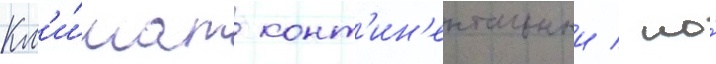
Кл'и́мат конт'ин'ентальныи / но́